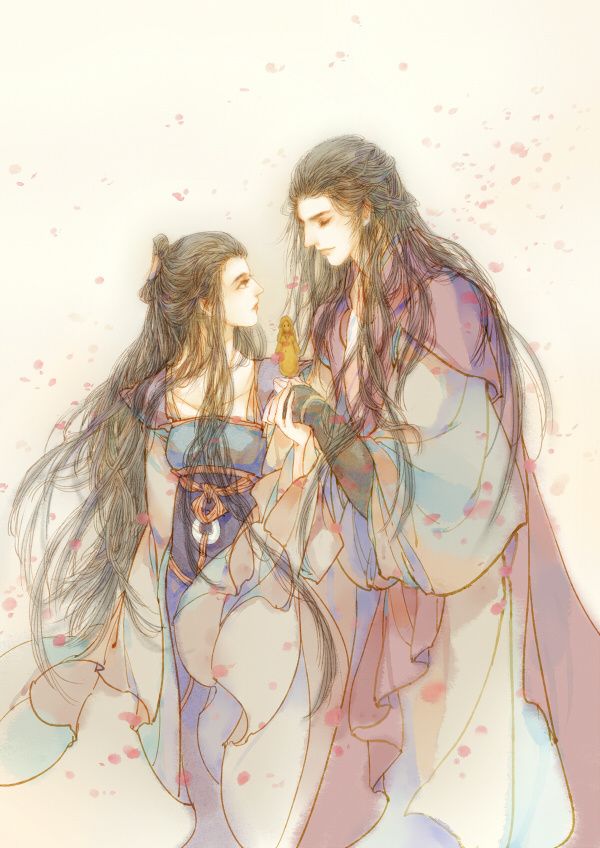
二月春花厌落梅。仙源归路碧桃催。渭城丝雨劝离杯。